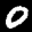
Label: 0